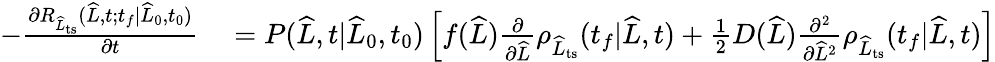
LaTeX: \begin{array}{rl}{-\frac{\partial R_{\widehat{L}_{\mathrm{ts}}}(\widehat{L},t;t_{f}|\widehat{L}_{0},t_{0})}{\partial t}}&{{}=P(\widehat{L},t|\widehat{L}_{0},t_{0})\left[f(\widehat{L})\frac{\partial}{\partial\widehat{L}}\rho_{\widehat{L}_{\mathrm{ts}}}(t_{f}|\widehat{L},t)+\frac{1}{2}D(\widehat{L})\frac{\partial^{2}}{\partial\widehat{L}^{2}}\rho_{\widehat{L}_{\mathrm{ts}}}(t_{f}|\widehat{L},t)\right]}\end{array}